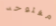
مفتوحه